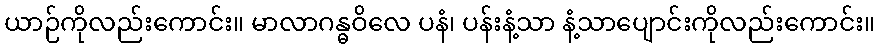
ယာဉ်ကိုလည်းကောင်း။ မာလာဂန္ဓဝိလေ ပနံ၊ ပန်းနံ့သာ နံ့သာပျောင်းကိုလည်းကောင်း။